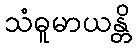
သံဓူမာယန္တိ